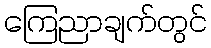
ကြေညာချက်တွင်